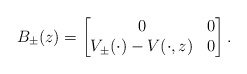
\begin{align*}B_\pm(z)=\begin{bmatrix}0 & 0 \\V_\pm(\cdot)-V(\cdot,z)&0\end{bmatrix}.\end{align*}